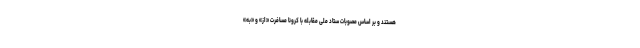
هستند و بر اساس مصوبات ستاد ملی مقابله با کرونا مسافرت «از» و «به»